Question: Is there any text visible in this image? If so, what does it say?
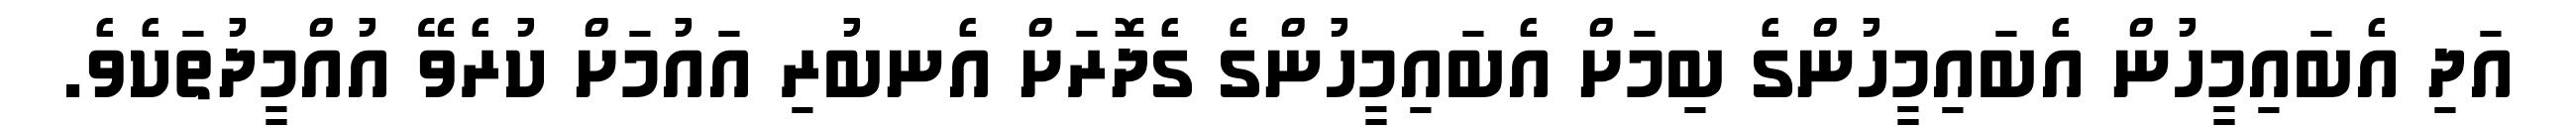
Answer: އަދި އެބައިމީހުން އެބައިމީހުންގެ ބިމަށް އެބައިމީހުންގެ ގެދޮރަށް އެނބުރި އައުމަށް ކުރެވޭ އުއްމީދުތަކެވެ.